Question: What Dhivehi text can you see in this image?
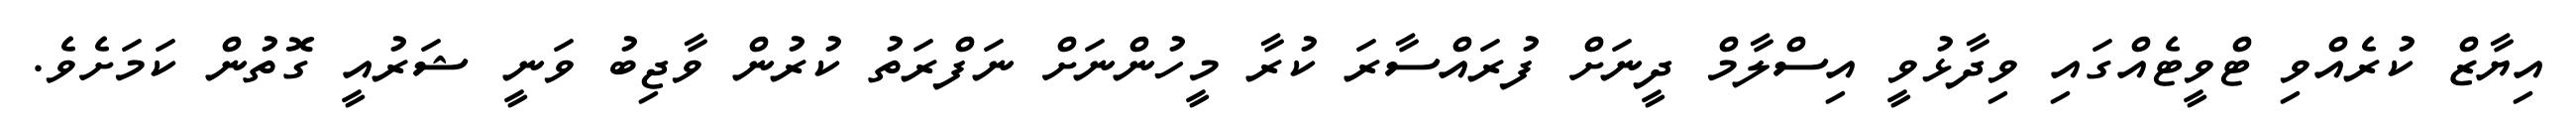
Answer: އިޔާޒް ކުރެއްވި ޓްވީޓެއްގައި ވިދާޅުވީ އިސްލާމް ދީނަށް ފުރައްސާރަ ކުރާ މީހުންނަށް ނަފްރަތު ކުރުން ވާޖިބު ވަނީ ޝަރުއީ ގޮތުން ކަމަށެވެ.